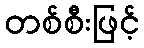
တစ်စီးဖြင့်